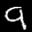
Label: 9